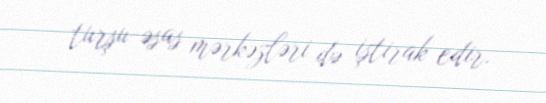
turşu-əsas mərkəzləri də iştirak edir.